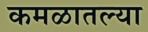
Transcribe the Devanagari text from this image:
कमळातल्या